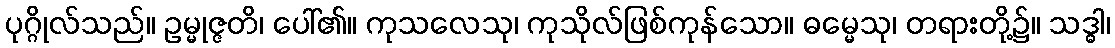
ပုဂ္ဂိုလ်သည်။ ဥမ္မုဇ္ဇတိ၊ ပေါ်၏။ ကုသလေသု၊ ကုသိုလ်ဖြစ်ကုန်သော။ ဓမ္မေသု၊ တရားတို့၌။ သဒ္ဓါ၊